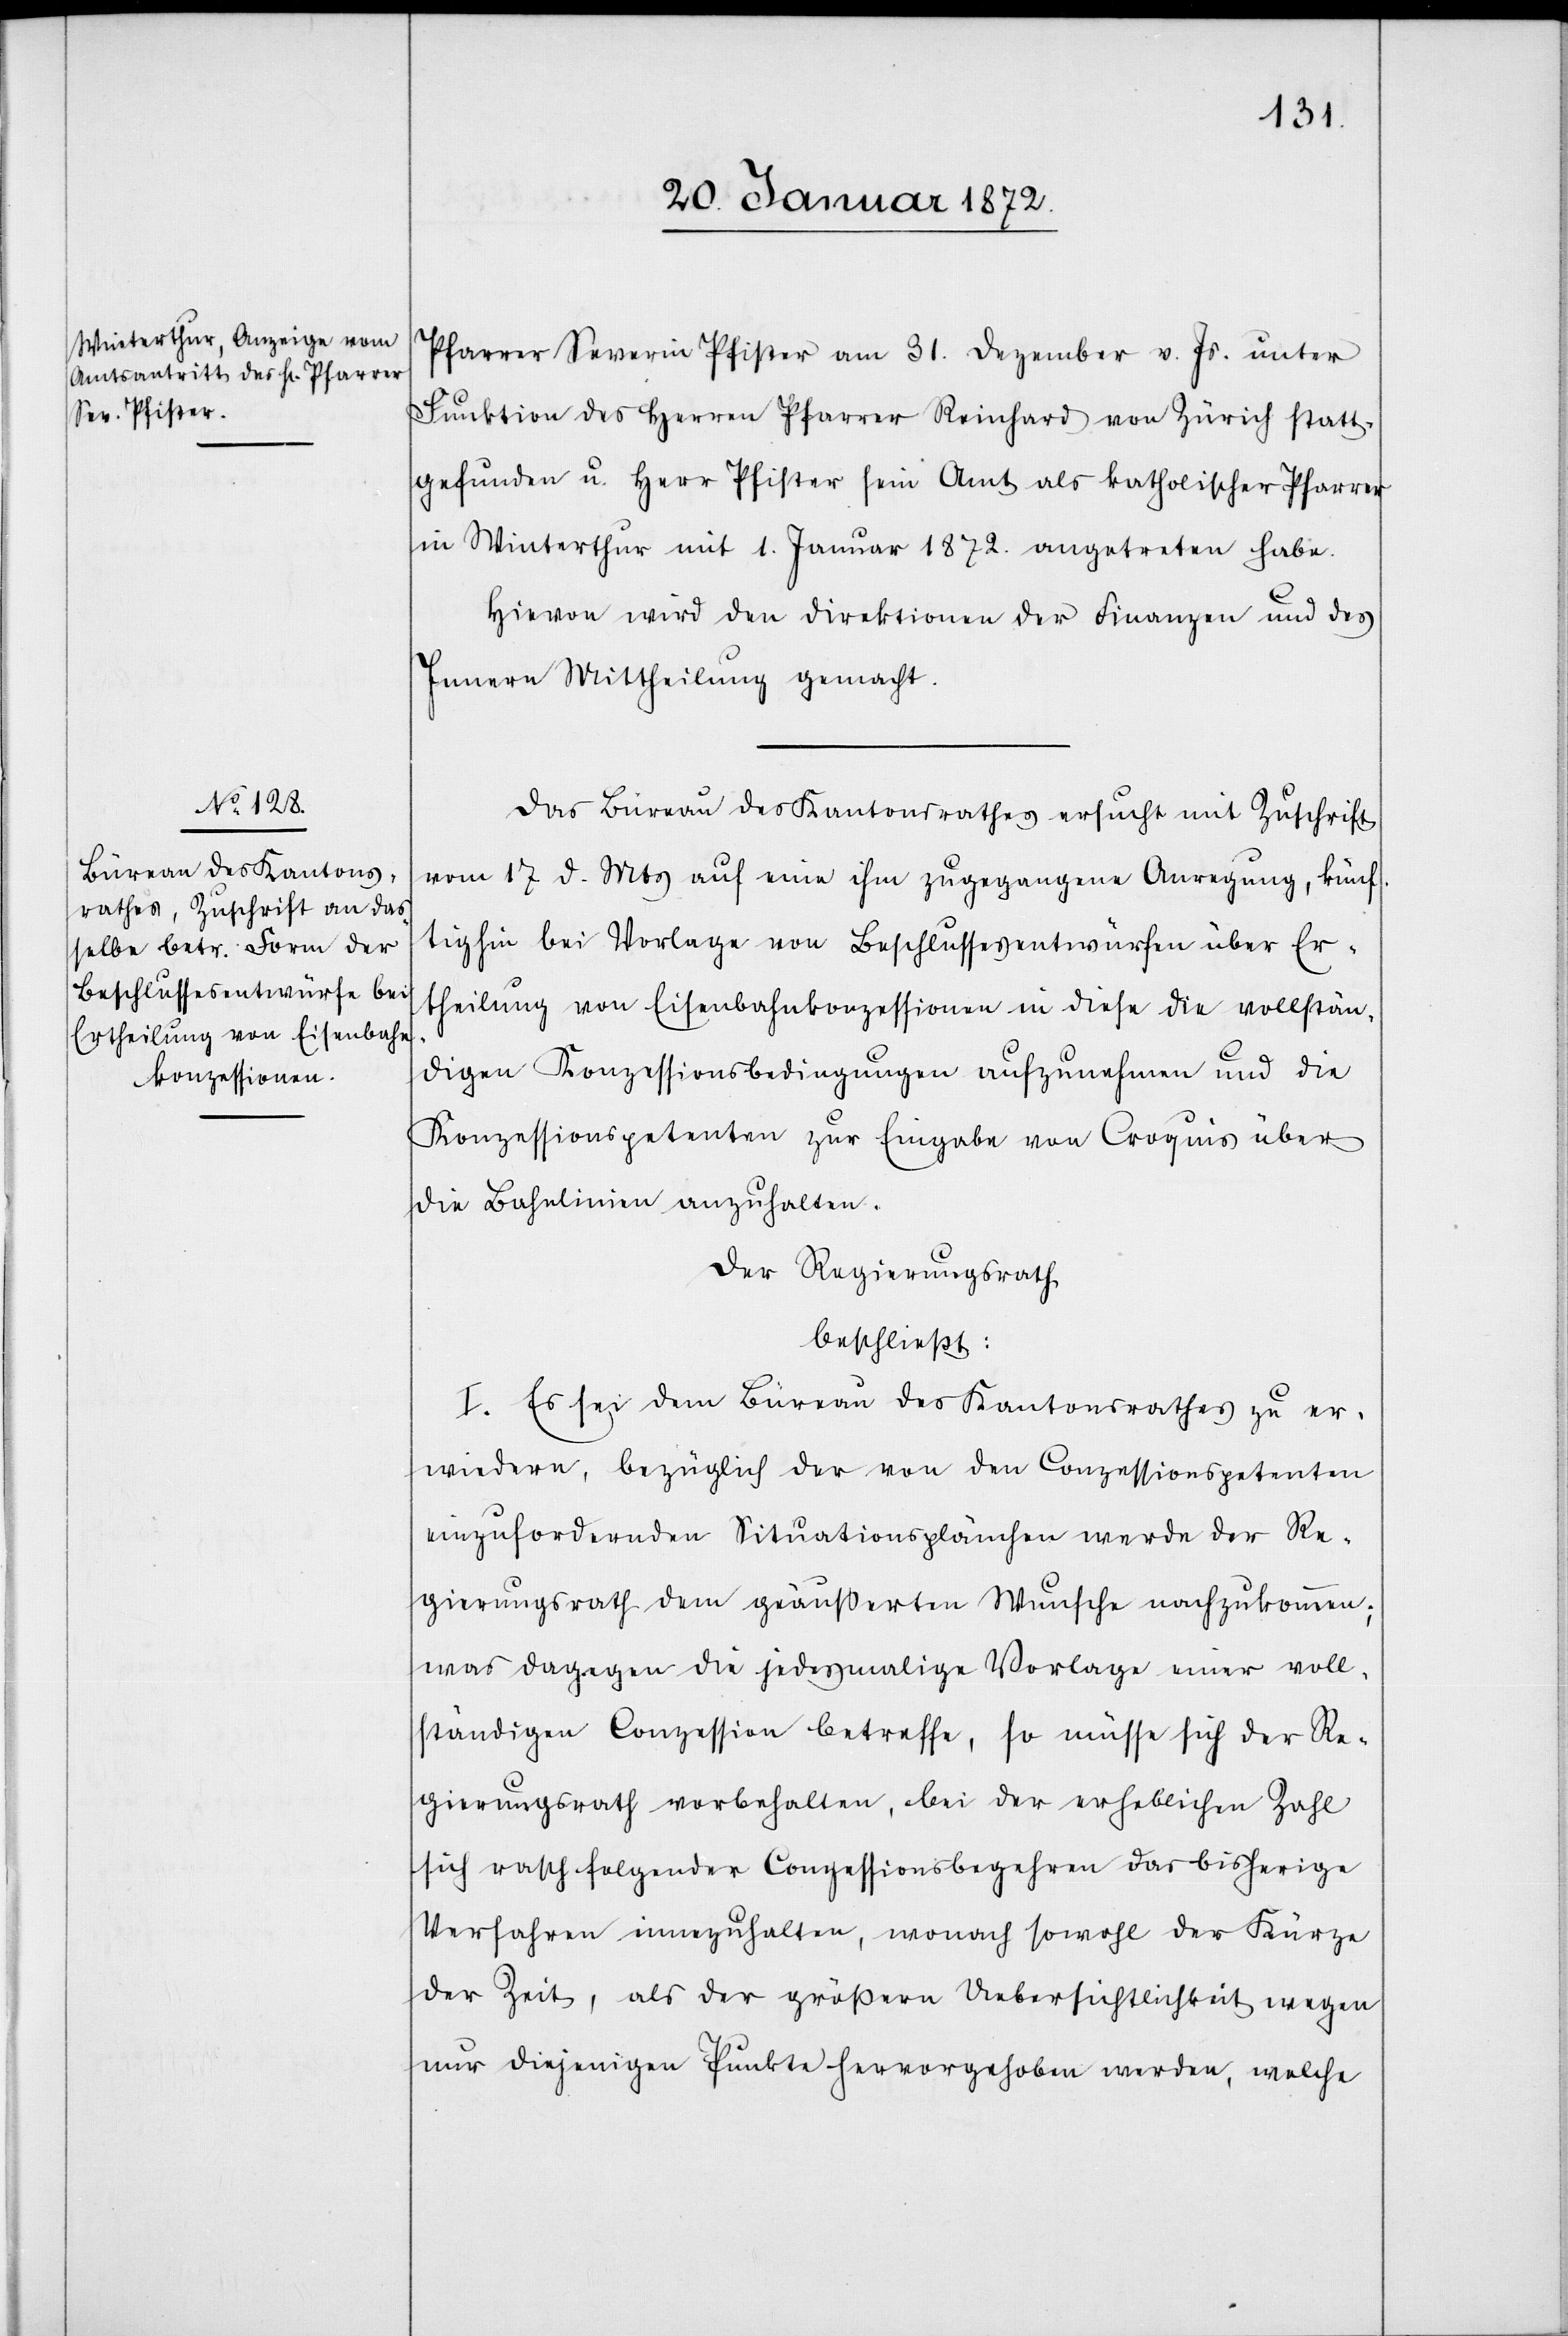
Pfarrer Severin Pfister am 31. Dezember v. Js. unter
Funktion des Herren Pfarrer Reinhard vom Zürich statt¬
gefunden u. Herr Pfister sein Amt als katholischer Pfarrer
in Winterthur mit 1. Januar 1872. angetreten habe.
Hievon wir den Direktionen der Finanzen und des
Innern Mittheilung gemacht.
Das Büreau des Kantonsrathes ersucht mit Zuschrift
vom 17. d. Mts auf eine ihm zugegangene Anregung, künf¬
tig bei Vorlage von Beschlussesentwürfen über Er¬
theilung von Eisenbahnkonzessionen in diese die vollstän¬
digen Konzessionbedingungen aufzunehmen und die
Konzessionspetenten zur Eingabe von Croquis über
die Bahnlinien anzuhalten.
Der Regierungsrath
beschließt:
I. Es sei dem Büreau des Kantonsrathes zu er¬
wiedern, bezüglich der von den Conzessionspetenten
einzufordernden Situationsplänchen werde der Re¬
gierungsrath dem geäußerten Wunsche nachzukommen;
was dagegen die jedesmalige Vorlage einer voll¬
ständigen Conzession betreffe, so müsse sich der Re¬
gierungsrath vorbehalten, bei der erheblichen Zahl
sich rasch folgender Conzessionsbegehren das bisherige
Verfahren innezuhalten, wonach sowohl der Kürze
der Zeit, als der größern Uebersichtlichkeit wegen
nur diejenigen Punkte hervorgehoben werden, welche